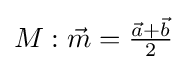
M:{\vec {m}}={\tfrac {{\vec {a}}+{\vec {b}}}{2}}